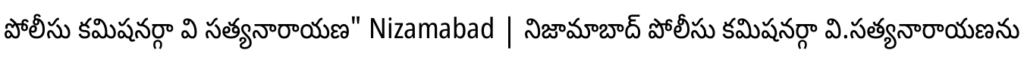
పోలీసు కమిషనర్గా వి సత్యనారాయణ" Nizamabad | నిజామాబాద్ పోలీసు కమిషనర్గా వి.సత్యనారాయణను